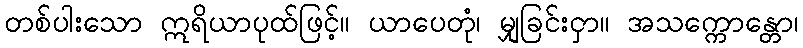
တစ်ပါးသော ဣရိယာပုထ်ဖြင့်။ ယာပေတုံ၊ မျှခြင်းငှာ။ အသက္ကောန္တော၊